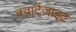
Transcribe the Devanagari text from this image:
क्वार्ट्‌ज़ाइट